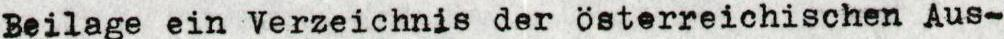
Beilage ein Verzeichnis der österreichischen Aus-